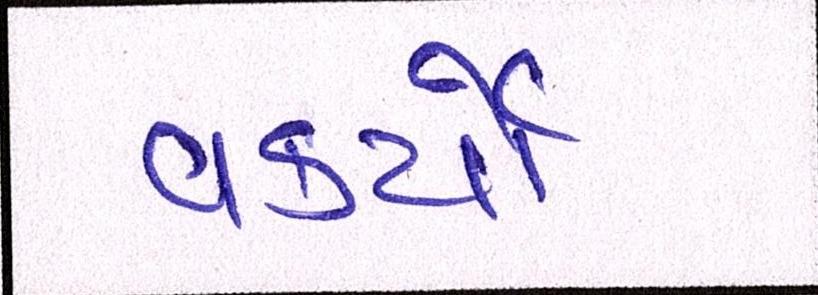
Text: વકર્યો